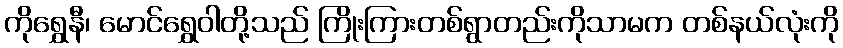
ကိုရွှေနီ၊ မောင်ရွှေဝါတို့သည် ကြိုးကြားတစ်ရွာတည်းကိုသာမက တစ်နယ်လုံးကို